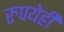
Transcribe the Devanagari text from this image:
रुपयेही